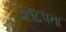
૨૧૮૫ના